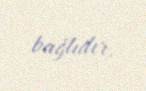
bağlıdır.